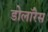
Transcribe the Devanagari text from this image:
डोलॉरेस